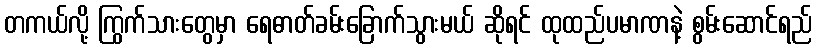
တကယ်လို့ ကြွက်သားတွေမှာ ရေဓာတ်ခမ်းခြောက်သွားမယ် ဆိုရင် ထုထည်ပမာဏနဲ့ စွမ်းဆောင်ရည်